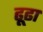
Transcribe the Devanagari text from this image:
ढ़ूढा